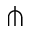
\pitchfork